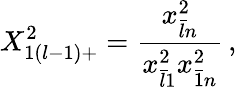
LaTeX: \displaystyle{X_{1(l-1)+}^{2}=\frac{x_{\bar{l}n}^{2}}{x_{\bar{l}1}^{2}x_{\bar{1}n}^{2}}}\, ,